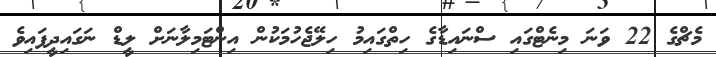
މެޗްގެ 22 ވަނަ މިނެޓްގައި ސްނައިޑާގެ ހިތްގައިމު ހިލޭޖެހުމަކުން އިންޓަމިލާނަށް ލީޑް ނަގައިދީފައިވެ